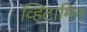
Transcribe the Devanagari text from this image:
व्हिटामिन